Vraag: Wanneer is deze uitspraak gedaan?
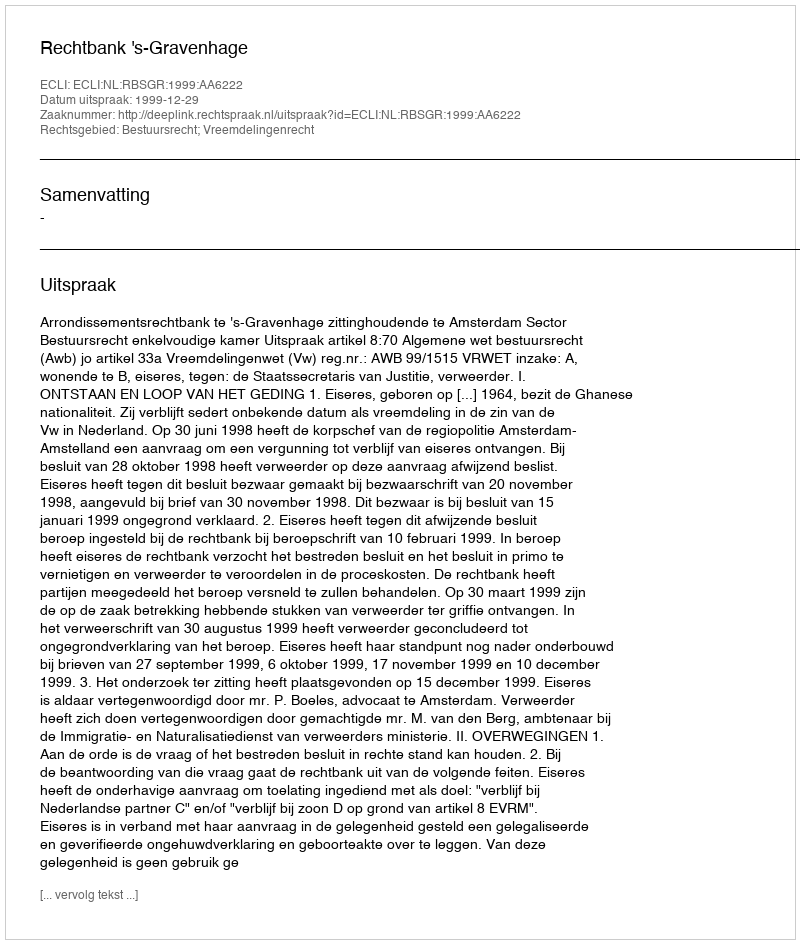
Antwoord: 1999-12-29